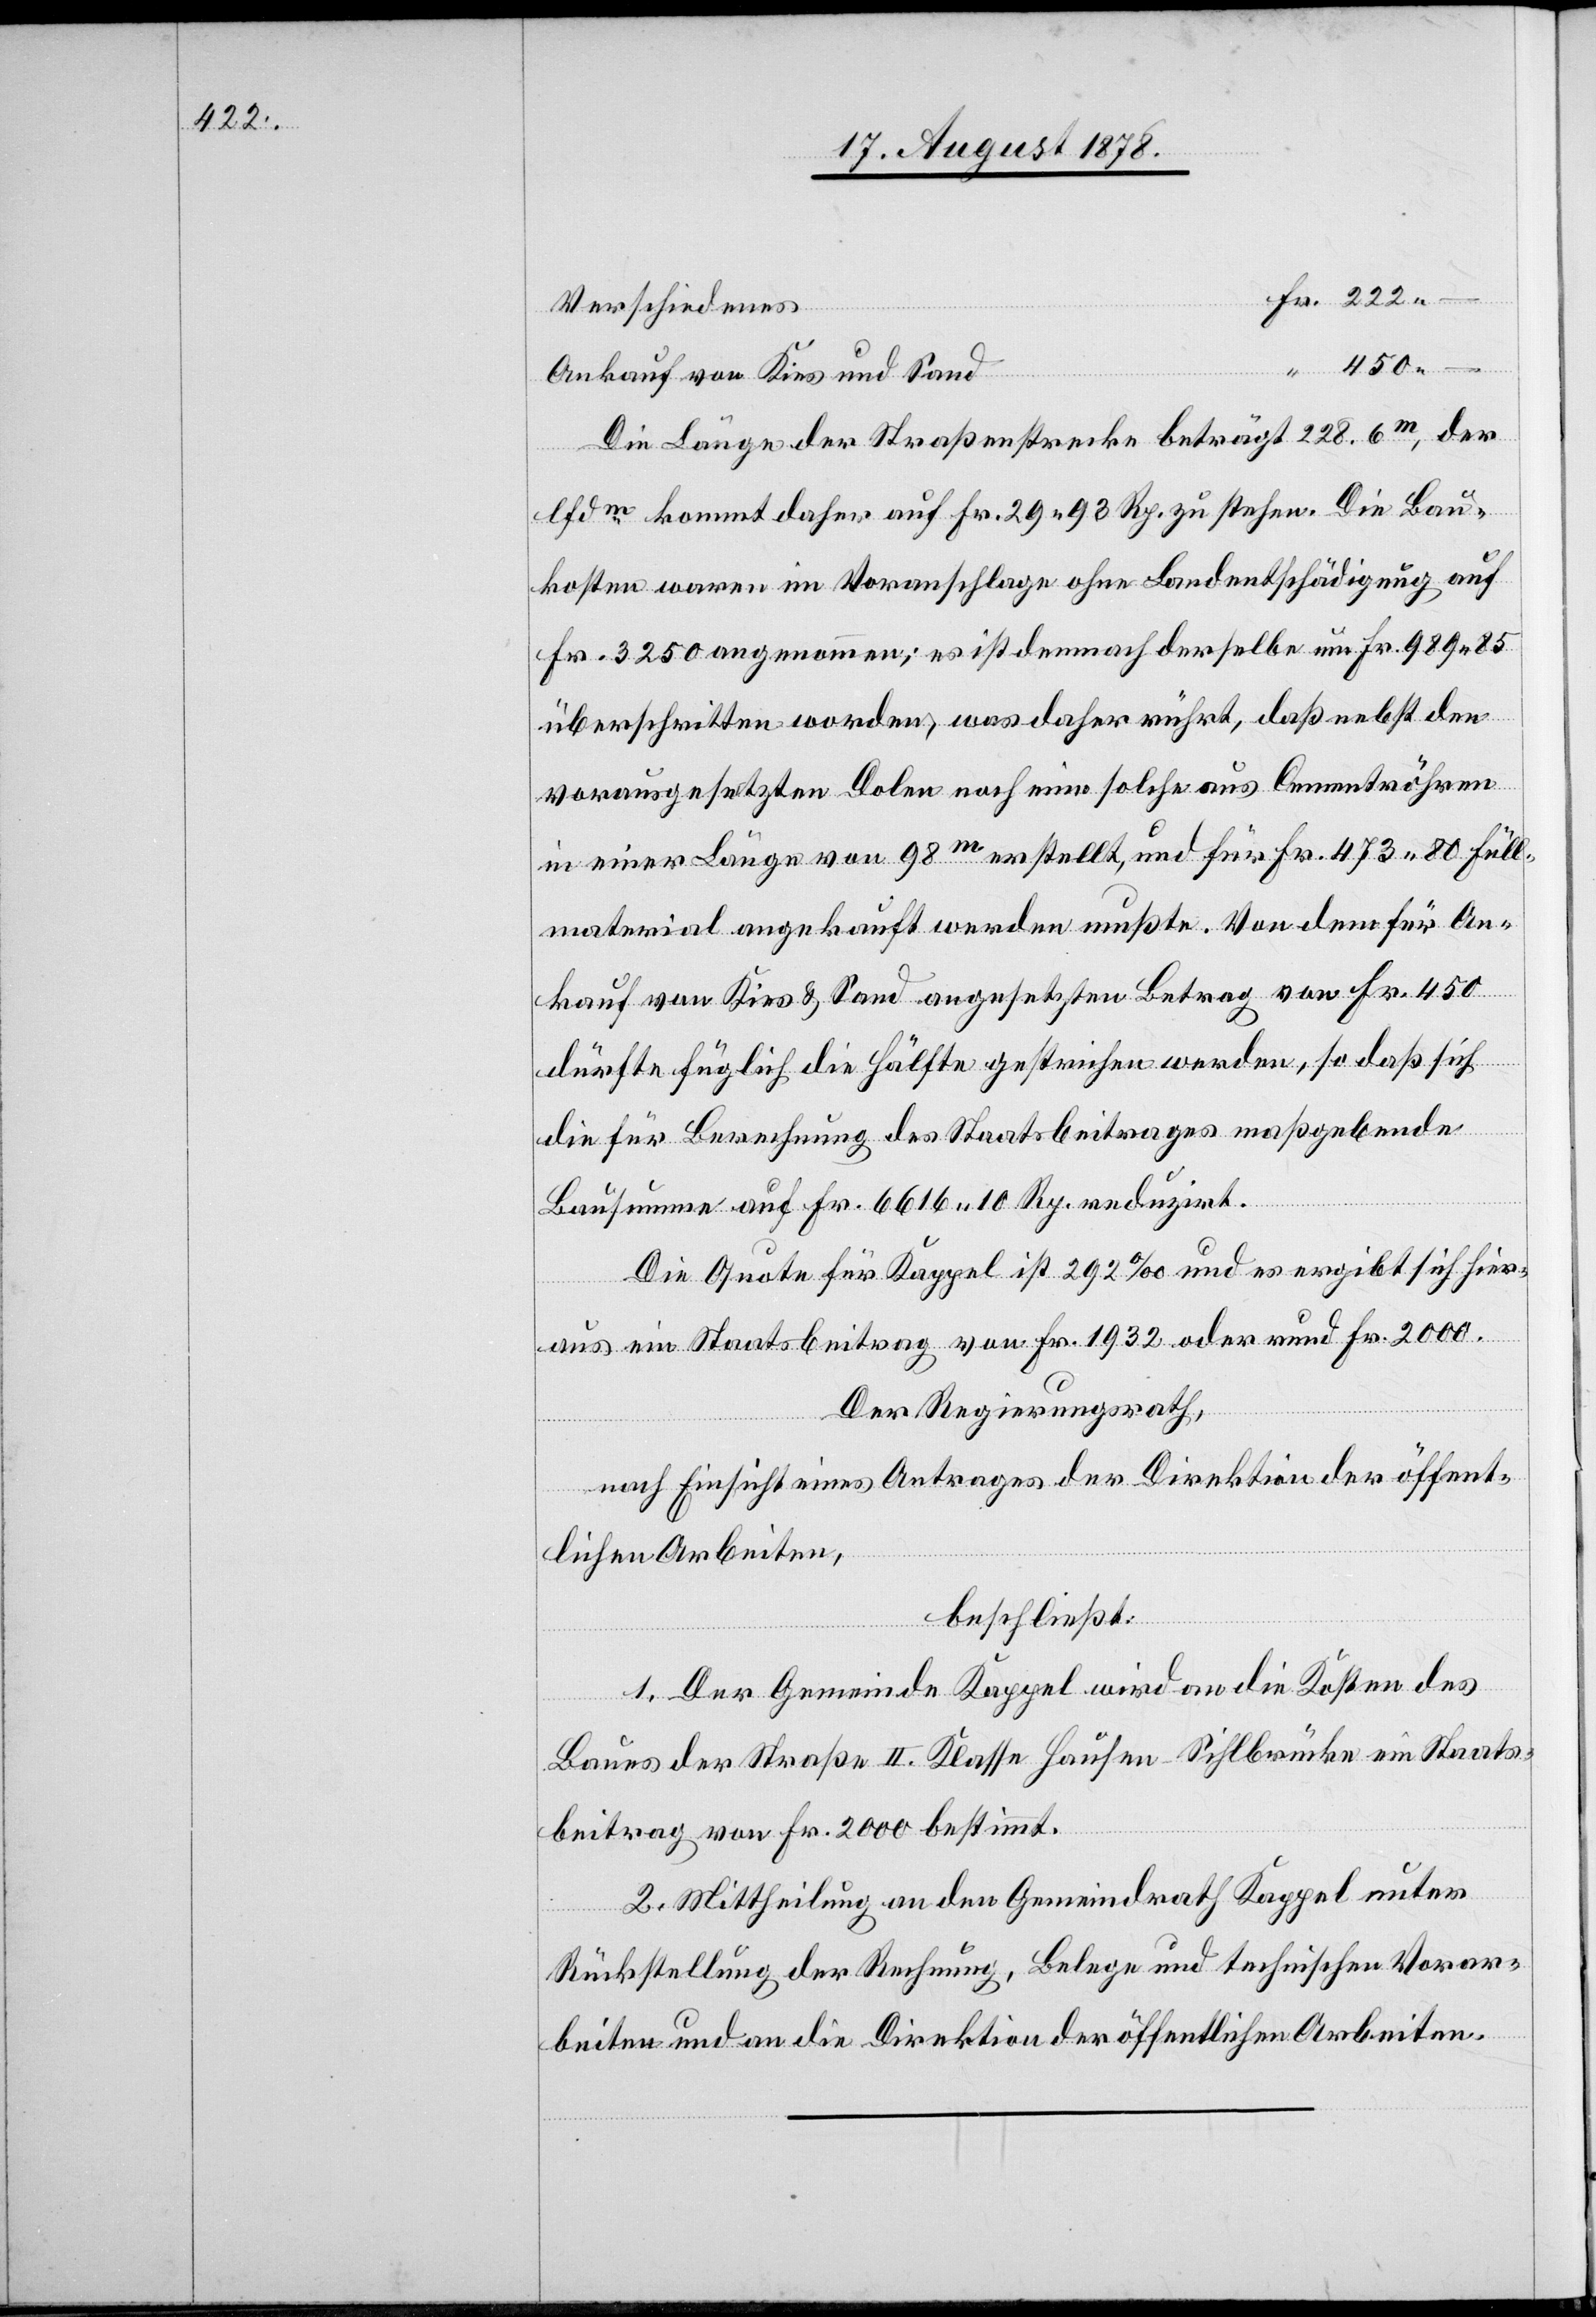
Verschiedenes
450.–
Fr.
Ankauf von Kies und Sand
Die Länge der Straßenstrecke beträgt 228.6m, der
lfdm kommt daher auf Fr. 29 93 Rp. zu stehen. Die Bau¬
kosten waren im Voranschlage ohne Landentschädigung auf
Fr. 3250 angenommen; es ist demnach derselbe um Fr. 989 85
überschritten worden, was daher rührt, daß nebst den
vorausgesetzten Dolen noch eine solche aus Cementröhren
in einer Länge von 98m erstellt, und für Fr. 473 80 Füll¬
material angekauft werden musste. Von dem für An¬
kauf von Kies & Sand angesetzten Betrag von Fr. 450
dürfte füglich die Hälfte gestrichen werden, so daß sich
die für Berechnung des Staatsbeitrages maßgebende
Bausumme auf Fr. 6616 10 Rp. reduzirt.
Die Quote für Kappel ist 292‰ und es ergibt sich hier¬
aus ein Staatsbeitrag von Fr. 1932 oder rund Fr. 2000.
Der Regierungsrath,
nach Einsicht eines Antrages der Direktion der öffent¬
lichen Arbeiten,
beschließt:
1. Der Gemeinde Kappel wird an die Kosten des
Baues der Straße II. Klasse Hausen–Sihlbrücke ein Staats¬
beitrag von Fr. 2000 bestimmt.
2. Mittheilung an den Gemeindrath Kappel unter
Rückstellung der Rechnung, Belege und technischen Vorar¬
beiten und an die Direktion der öffentlichen Arbeiten.